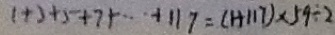
1 + 3 + 5 + 7 + \cdots + 1 1 7 = ( 1 + 1 1 7 ) \times 5 9 \div 2